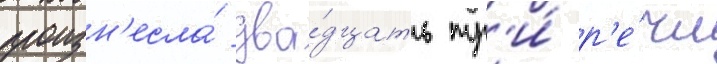
произн'есла́ два́дцать тр'и́ р'е́чи